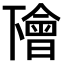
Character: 𠁚